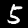
Digit: 5